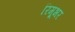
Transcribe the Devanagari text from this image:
रिमूभर